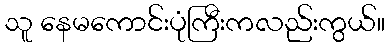
သူ နေမကောင်းပုံကြီးကလည်းကွယ်။